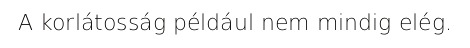
A korlátosság például nem mindig elég.